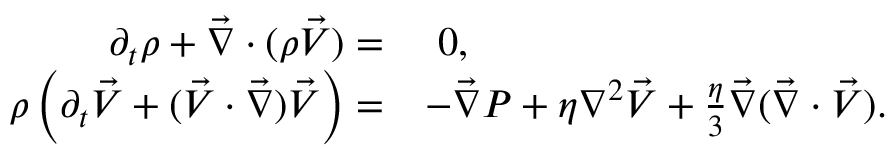
\begin{array} { r l } { \partial _ { t } \rho + \vec { \nabla } \cdot ( \rho \vec { V } ) = } & { \, \, 0 , } \\ { \rho \left( \partial _ { t } \vec { V } + ( \vec { V } \cdot \vec { \nabla } ) \vec { V } \right) = } & { - \vec { \nabla } P + \eta \nabla ^ { 2 } \vec { V } + \frac { \eta } { 3 } \vec { \nabla } ( \vec { \nabla } \cdot \vec { V } ) . } \end{array}